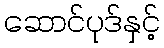
ဆောင်ပုဒ်နှင့်